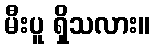
မီးပူ ရှိသလား။